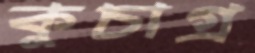
কুচাগ্র